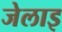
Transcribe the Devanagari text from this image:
जेलाइ